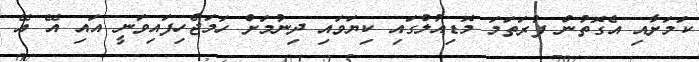
ކަމަށާއި އެގޮތުން ފުރަތަމަ މޮޑިއުލްގައި ކިޔަވައި ދިނުމަށް ހަމަޖެހިފައިވަނީ އައި އޭ އޭ